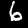
Label: 6